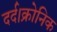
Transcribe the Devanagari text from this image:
दर्द।क्रोनिक